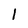
Character: 1